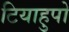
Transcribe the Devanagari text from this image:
टियाहुपो